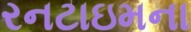
રનટાઇમના